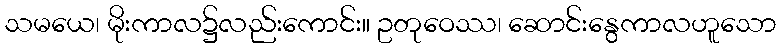
သမယေ၊ မိုးကာလ၌လည်းကောင်း။ ဥတုဝေဿ၊ ဆောင်းနွေကာလဟူသော